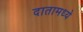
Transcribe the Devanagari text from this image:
दातामध्ये